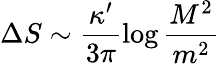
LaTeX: \Delta S\sim\frac{\kappa^{\prime}}{3\pi}\log{\frac{M^{2}}{m^{2}}}\,